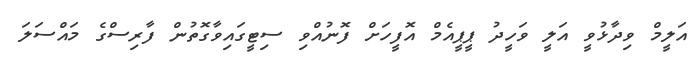
އަލީމް ވިދާޅުވީ އަލީ ވަހީދު ޕީޕީއެމް އޮފީހަށް ފޮނުއްވި ސިޓީގައިވާގޮތުން ފާރިސްގެ މައްސަލަ